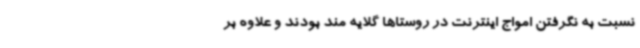
نسبت به نگرفتن امواج اینترنت در روستاها گلایه مند بودند و علاوه بر